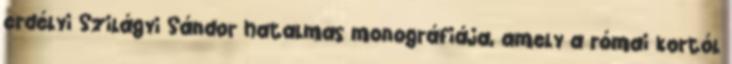
erdélyi Szilágyi Sándor hatalmas monográfiája, amely a római kortól